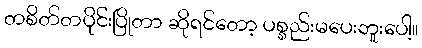
တစိတ်တပိုင်းပြိုတာ ဆိုရင်တော့ ပစ္စည်းမပေးဘူးပေါ့။